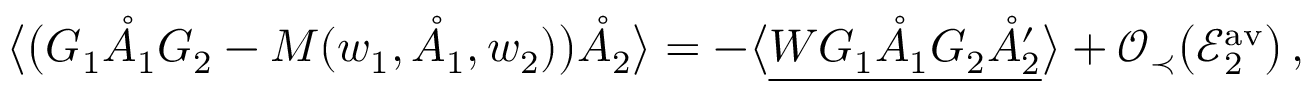
\big \langle \big ( G _ { 1 } \mathring { A } _ { 1 } G _ { 2 } - M ( w _ { 1 } , \mathring { A } _ { 1 } , w _ { 2 } ) \big ) \mathring { A } _ { 2 } \big \rangle = - \big \langle \underline { { W G _ { 1 } \mathring { A } _ { 1 } G _ { 2 } \mathring { A } _ { 2 } ^ { \prime } } } \big \rangle + \mathcal { O } _ { \prec } \big ( \mathcal { E } _ { 2 } ^ { \mathrm { a v } } \big ) \, ,